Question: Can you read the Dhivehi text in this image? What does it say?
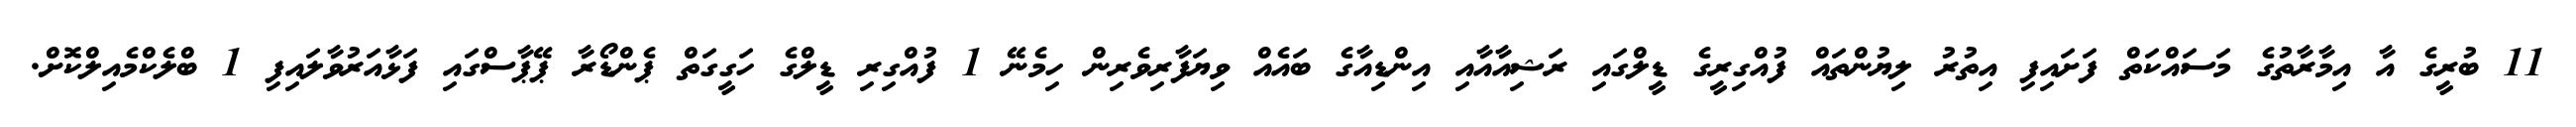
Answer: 11 ބުރީގެ އާ އިމާރާތުގެ މަސައްކަތް ފަށައިފި އިތުރު ލިޔުންތައް ފުއްގިރީގެ ޑީލްގައި ރަޝިއާއާއި އިންޑިއާގެ ބައެއް ވިޔަފާރިވެރިން ހިމެނޭ 1 ފުއްގިރި ޑީލްގެ ހަގީގަތް ޕެންޑޯރާ ޕޭޕާސްގައި ފަޅާއަރުވާލައިފި 1 ބްލެކްމެއިލްކޮށް.